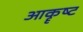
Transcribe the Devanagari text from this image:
आकॄष्‍ट